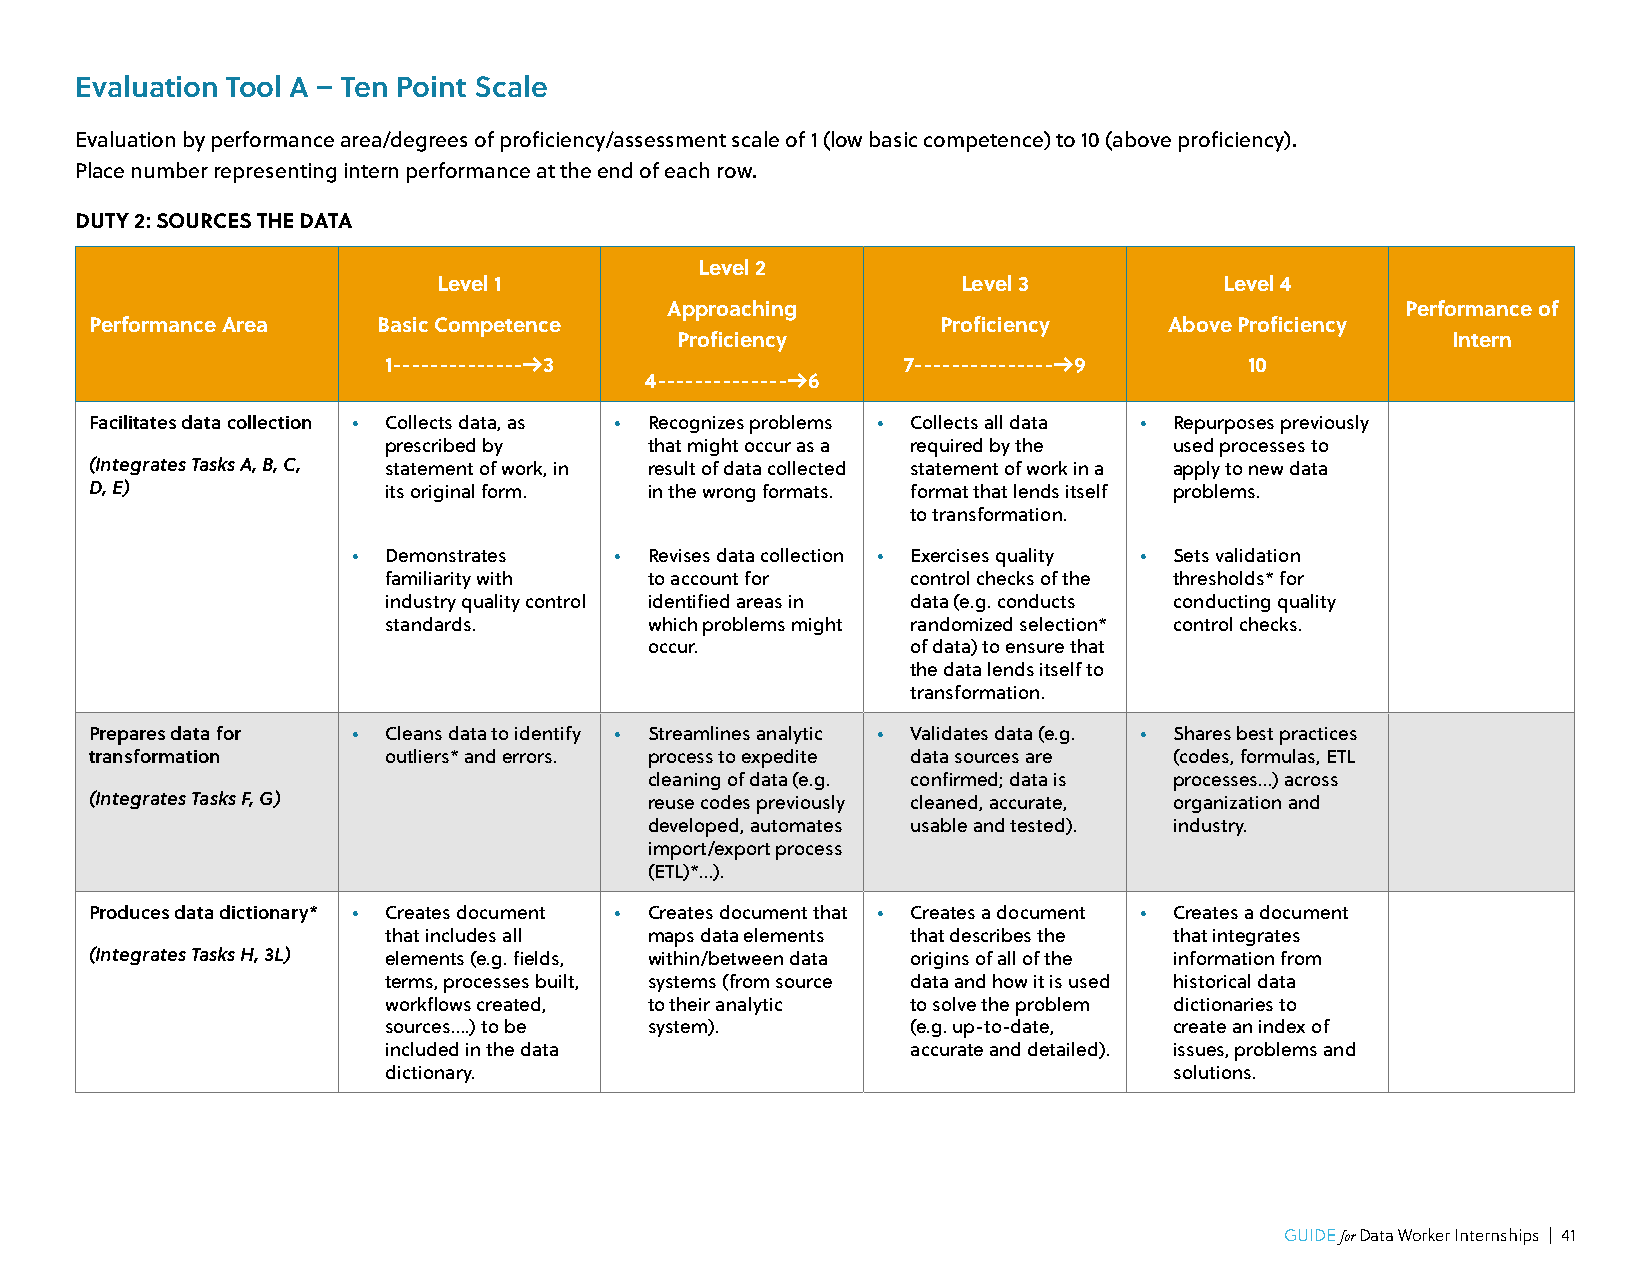
Evaluation Tool A – Ten Point Scale
 Evaluation by performance area/degrees of proficiency/assessment scale of 1 (low basic competence) to 10 (above proficiency).
 Place number representing intern performance at the end of each row.
 DUTY 2: SOURCES THE DATA
 Level 2
 Level 1                            Level 3          Level 4
 Approaching                                      Performance of
 Performance Area   Basic Competence                     Proficiency    Above Proficiency
 Proficiency                                        Intern
 1--------------->3                 7---------------->9    10
 4--------------->6
 Facilitates data collection • Collects data, as • Recognizes problems • Collects all data • Repurposes previously
 prescribed by     that might occur as a required by the used processes to
 (Integrates Tasks A, B, C, statement of work, in result of data collected statement of work in a apply to new data
 D, E)              its original form. in the wrong formats. format that lends itself problems.
 to transformation.
 • Demonstrates    • Revises data collection • Exercises quality • Sets validation
 familiarity with  to account for   control checks of the thresholds* for
 industry quality control identified areas in data (e.g. conducts conducting quality
 standards.        which problems might randomized selection* control checks.
 occur.           of data) to ensure that
 the data lends itself to
 transformation.
 Prepares data for • Cleans data to identify • Streamlines analytic • Validates data (e.g. • Shares best practices
 transformation     outliers* and errors. process to expedite data sources are (codes, formulas, ETL
 cleaning of data (e.g. confirmed; data is processes…) across
 (Integrates Tasks F, G)              reuse codes previously cleaned, accurate, organization and
 developed, automates usable and tested). industry.
 import/export process
 (ETL)*…).
 Produces data dictionary* • Creates document • Creates document that • Creates a document • Creates a document
 that includes all maps data elements that describes the that integrates
 (Integrates Tasks H, 3L) elements (e.g. fields, within/between data origins of all of the information from
 terms, processes built, systems (from source data and how it is used historical data
 workflows created, to their analytic to solve the problem dictionaries to
 sources….) to be  system).         (e.g. up-to-date, create an index of
 included in the data               accurate and detailed). issues, problems and
 dictionary.                                          solutions.
 GUIDE for Data Worker Internships | 41